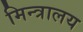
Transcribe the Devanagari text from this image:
मिन्त्रालय